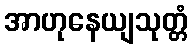
အာဟုနေယျသုတ္တံ